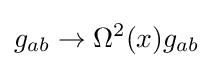
g_{ab}\rightarrow \Omega ^{2}(x)g_{ab}